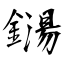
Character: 鐋